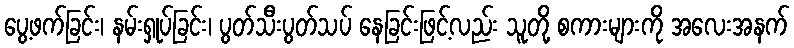
ပွေ့ဖက်ခြင်း၊ နမ်းရှုပ်ခြင်း၊ ပွတ်သီးပွတ်သပ် နေခြင်းဖြင့်လည်း သူတို့ စကားများကို အလေးအနက်